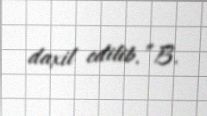
daxil edilib.”B.